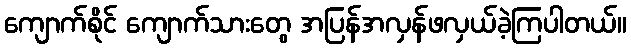
ကျောက်စိုင် ကျောက်သားတွေ အပြန်အလှန်ဖလှယ်ခဲ့ကြပါတယ်။